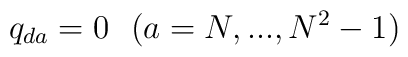
q_{da}=0 \ \ (a=N, ..., N^2-1)